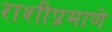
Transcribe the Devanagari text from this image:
राशीप्रमाणे